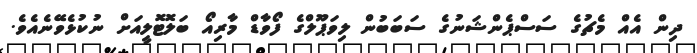
ދިން އެއް މެޗުގެ ސަސްޕެންޝަނުގެ ސަބަބުން ލިވަޕޫލްގެ ފޯވާޑް މާރިއޯ ބަލޮޓޮލީއަށް ނުކުޅެވޭނެއެވެ.